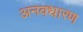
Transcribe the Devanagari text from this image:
अनवधारण